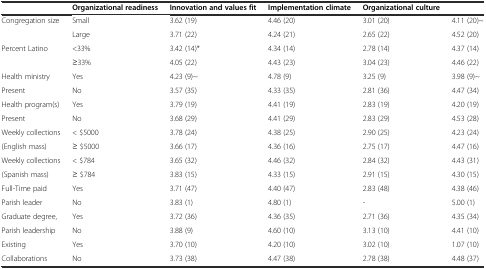
|  | Organizational readiness | Innovation and values fit | Implementation climate | Organizational culture |  |
 | --- | --- | --- | --- | --- | --- |
 | Congregation size | Small | 3.62 (19) | 4.46 (20) | 3.01 (20) | 4.11 (20)~ |
 |  | Large | 3.71 (22) | 4.24 (21) | 2.65 (22) | 4.52 (20) |
 | Percent Latino | <33% | 3.42 (14)* | 4.34 (14) | 2.78 (14) | 4.37 (14) |
 |  | ≥33% | 4.05 (22) | 4.43 (23) | 3.04 (23) | 4.46 (22) |
 | Health ministry | Yes | 4.23 (9)~ | 4.78 (9) | 3.25 (9) | 3.98 (9)~ |
 | Present | No | 3.57 (35) | 4.33 (35) | 2.81 (36) | 4.47 (34) |
 | Health program(s) | Yes | 3.79 (19) | 4.41 (19) | 2.83 (19) | 4.20 (19) |
 | Present | No | 3.68 (29) | 4.41 (29) | 2.83 (29) | 4.53 (28) |
 | Weekly collections | < $5000 | 3.78 (24) | 4.38 (25) | 2.90 (25) | 4.23 (24) |
 | (English mass) | ≥ $5000 | 3.66 (17) | 4.36 (16) | 2.75 (17) | 4.47 (16) |
 | Weekly collections | < $784 | 3.65 (32) | 4.46 (32) | 2.84 (32) | 4.43 (31) |
 | (Spanish mass) | ≥ $784 | 3.83 (15) | 4.33 (15) | 2.91 (15) | 4.30 (15) |
 | Full-Time paid | Yes | 3.71 (47) | 4.40 (47) | 2.83 (48) | 4.38 (46) |
 | Parish leader | No | 3.83 (1) | 4.80 (1) | - | 5.00 (1) |
 | Graduate degree, | Yes | 3.72 (36) | 4.36 (35) | 2.71 (36) | 4.35 (34) |
 | Parish leadership | No | 3.88 (9) | 4.60 (10) | 3.13 (10) | 4.41 (10) |
 | Existing | Yes | 3.70 (10) | 4.20 (10) | 3.02 (10) | 1.07 (10) |
 | Collaborations | No | 3.73 (38) | 4.47 (38) | 2.78 (38) | 4.48 (37) |